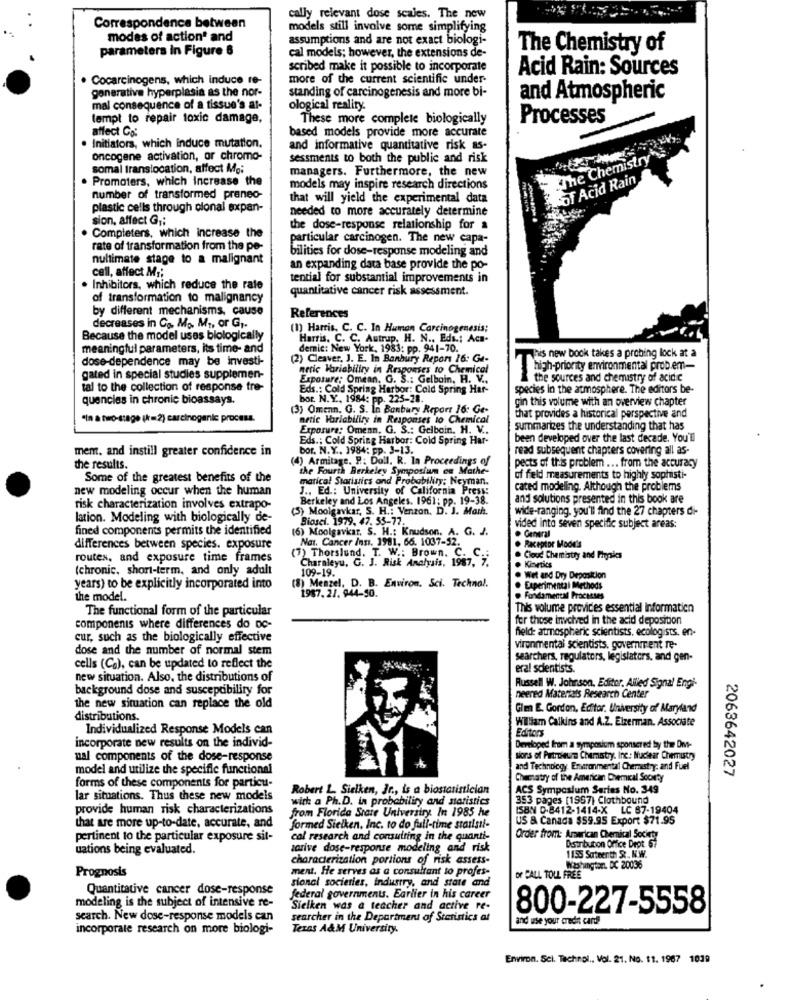
Correspondence between
cally relevant dose scales. The new
models still involve some simplifying
modes of action' and
assumptions and are not exact biologi-
parameters in Figure 8
The Chemistry of
cal models; however, the extensions de-
scribed make it possible to incorporate
Acid Rain: Sources
. Cocarcinogens, which induce re-
more of the current scientific under-
generative hyperplasia as the nor-
standing of carcinogenesis and more bi-
and Atmospheric
mal consequence of a tissue's at-
ological reality.
templ to repair toxic damage,
These more complete biologically
Processes
affect Go:
based models provide more accurate
Initiators, which induce mutation.
and informative quantitative risk as-
The Chemistry
oncogene activation, or chromo-
sessments to both the public and risk
somal translocation, affect Moi
managers. Furthermore, the new
. Promoters, which Increase the
Of Acid Rain
models may inspire research directions
number of transformed preneo-
that will yield the experimental data
plastic cells through cional expan-
needed to more accurately determine
sion, affect G1;
the dose-response relationship for a
. Completers, which Increase the
particular carcinogen. The new capa-
rate of transformation from the pe-
bilities for dose-response modeling and
nultimate stage to a malignant
cell, affect M ;;
an expanding data base provide the po-
tential for substantial improvements in
. Inhibitors, which reduce the rate
quantitative cancer risk assessment.
of transformation to malignancy
by different mechanisms, cause
References
decreases in Co. Mo. MI, or G ,.
(1) Harris, C. C. In Human Carcinogenesis;
Because the model uses biologically
Harris. C. C. Autrup. H. N ., Eds .: Aca-
meaningful parameters, its time- and
demnic: New York, 1983: pp. 941-70.
This new book takes a probing lock at a
dose-dependence may be investi-
(2) Cleaver. J. E. In Banbury Report 16: Ge-
meric Variabiliry in Responses to Chemical
high-priority environmental prob.em-
gated in special studies supplemen-
Exposure; Omean. G. S .: Gelbain, H. V ..
the sources and chemistry of acide
tal to the collection of response tre-
Eds .: Cold Spring Harbor: Cold Spring Har-
species in the atmosphere. The editors be-
quencies in chronic bioassays.
bor. N.Y ., 1984: pp. 225-28.
gin this volume with an overview chapter
(3) Omenn. G. S. In Banbury Report 16: Ge-
"In a two-stage (k= 2) carcinogenic process.
netic Variability in Responses to Chemical
that provides a historical perspective and
Exposure: Omenn. G. S .: Gelboin. H. V ..
summarizes the understanding that has
Eds .; Cold Spring Harbor: Cold Spring Har-
been developed over the last decade. You'll
mem. and instill greater confidence in
bor. N.Y .. 1984: pp. 3-13.
read subsequent chapters covering all as-
(4) Armitage. P .: Doll. R. In Proceedings of
pects of this problem ... from the accuracy
the results.
the Fourth Berkeley Symposium on Mathe-
Some of the greatest benefits of the
marica! Statistics and Probability; Neyman.
of feld measurements to highly sophisti-
new modeling occur when the human
J .. Ed .: University of California Press:
cated modeling. Although the problems
Berkeley and Los Angeles. 1961; pp. 19-38.
and solutions presented in this book are
risk characterization involves extrapo-
(5) Moolgavkar, S. H .: Venzon. D. J. Marh.
wide-ranging. you'll find the 27 chapters di-
lation. Modeling with biologically de-
Biosei. 1979. 47. 33-77
fined components permits the identified
(6) Moolgavkar, S. H .: Knudson, A. G. 2.
vided into seven specific subject areas:
Nat. Cancer Inst. 1981, 66. 1037-52.
. General
differences between species. exposure
(7) Thorslund. T. W .: Brown. C.
Raceptor Mode's
routes, and exposure time frames
Charnieyu. G. J. Risk Analysis, 1987, 7.
Cloud Chemistry and IFirpics
(chronic, short-term, and only adult
Kinetics
109-19.
Wet and Dry Deposition
years) to be explicitly incorporated into
(8) Menzel, D. B. Environ. Sci. Technal.
Experimental Methods
the model.
1987. 27. 944-50.
Fondamental Processes
The functional form of the particular
This volume provides essential information
for those involved in the acid deposition
componenis where differences do po-
field: atmospheric scientists. ecologists. en-
cur, such as the biologically effective
dose and the number of normal stem
Vironmental scientists, government re-
searchers, regulators, legislators, and gen-
cells (Ca), can be updated to reflect the
eral sdentists.
new situation. Also, the distributions of
background dose and susceptibility for
Russell W. Johnson, Editor. Alled Signal Engi-
neened Materials Research Center
the new situation can replace the old
Gien E. Gordon, Editor. University of Maryland
distributions.
Wiliam Calkins and A.Z. Elzerman. Associate
Individualized Response Models can
incorporate new results on the individ-
Editors
Developed from a symposium sponsered by the Dmt-
ual components of the dose-response
sions of Princeura Chemistry. Inc .: Nuclear Chemistry
model and utilize the specific functional
and Technology. Erronmental Chemistry: and Fuel
2063642027
Chumtatry of the American Chemical Scounty
forms of these components for particu-
Robert L. Sielken, Jr ., is a biostatistician
ACS Symposium Series No. 349
lar situations. Thus these new models
with a Ph.D. in probability and statistics
353 pages (1967) Clothbound
provide human risk characterizations
from Florida State University. In 1985 he
ISBN 0-8412-1414-X LC 87-19404
US & Canada $59.95 Export $71.95
that are more up-to-date, accurate, and
formed Sielken, Inc. to do full-time stailsil-
pertinent to the particular exposure sit-
cal research and consulting in the quanti-
Order from: American Chemical Society
Distribution Office Dept 67
uations being evaluated.
scrive dose-response modeling and risk
characterization portions of risk assess-
1155 Sateenth R. N.W.
Prognosis
ment. He serves as a consultant to profes-
Wohungtort DC 20036
sional societies, industry, and state and
OF CALL TOLL FREE
Quantitative cancer dose-response
federal governments. Earlier in his career
modeling is the subject of intensive re-
Sieiken was a teacher and active re-
800-227-5558
search. New dose-response models can
searcher in the Department of Statistics at
and use your credit card!
incorporate research on more biologi-
Texas A&M University.
Environ. Sci. Technol ., Vol. 21. No. 11. 1967 1039